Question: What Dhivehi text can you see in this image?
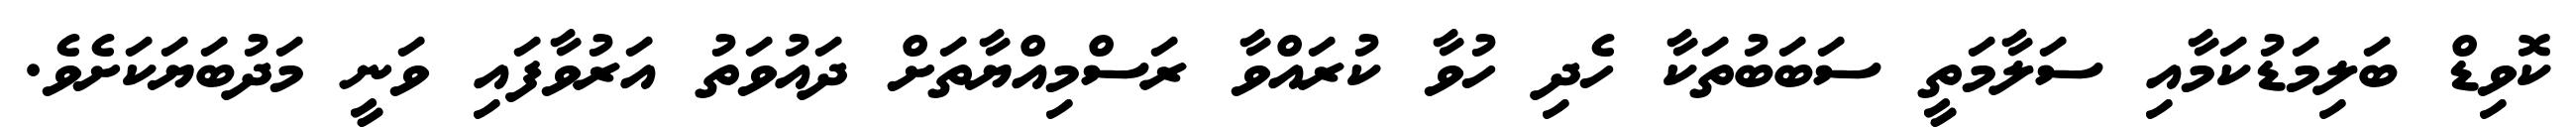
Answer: ކޮވިޑް ބަލިމަޑުކަމާއި ސަލާމަތީ ސަބަބުތަކާ ހެދި ހުވާ ކުރައްވާ ރަސްމިއްޔާތަށް ދައުވަތު އަރުވާފައި ވަނީ މަދުބަޔަކަށެވެ.